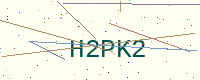
Text: H2PK2